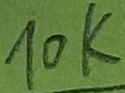
Text: 10K